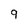
Character: 9